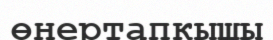
өнертапкышы